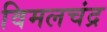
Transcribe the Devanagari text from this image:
विमलचंद्र